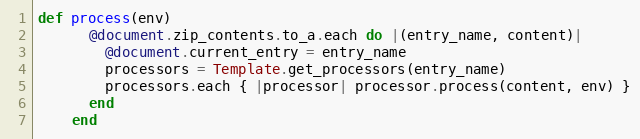
Language: Ruby
def process(env)
      @document.zip_contents.to_a.each do |(entry_name, content)|
        @document.current_entry = entry_name
        processors = Template.get_processors(entry_name)
        processors.each { |processor| processor.process(content, env) }
      end
    end